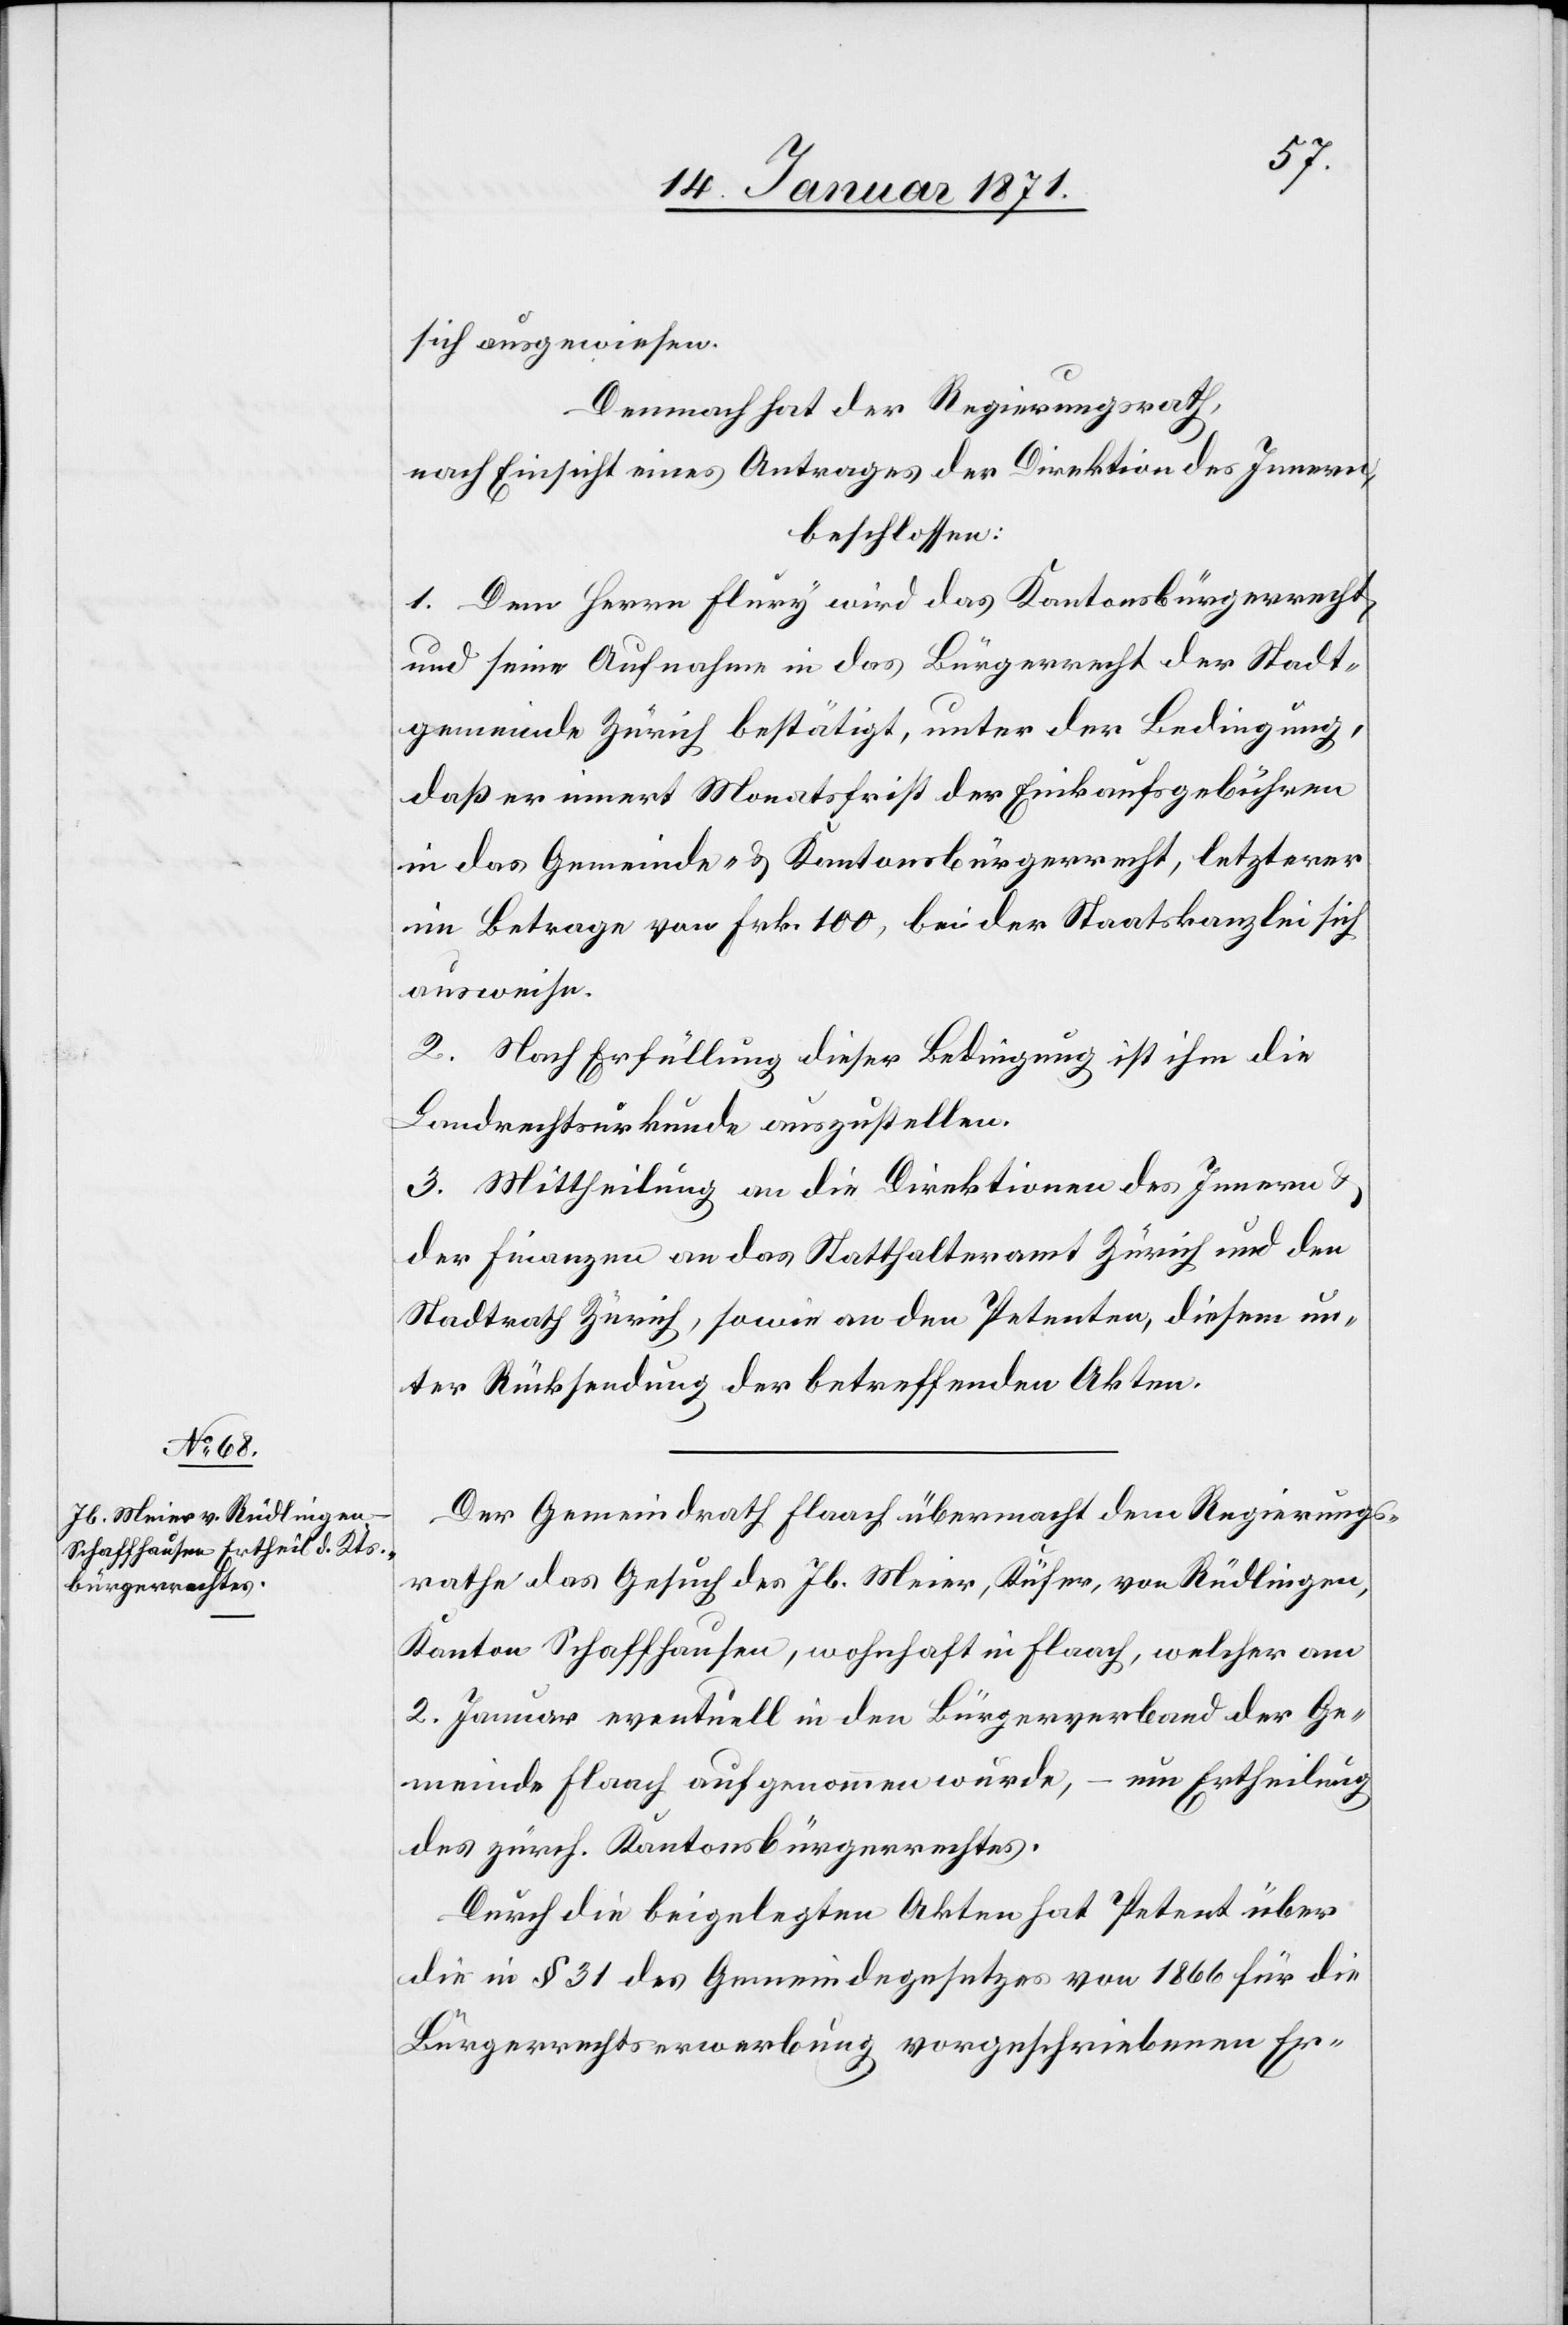
sich ausgewiesen.
Demnach hat der Regierungsrath,
nach Einsicht eines Antrages der Direktion des Innern,
beschlossen:
1. Dem Herrn Flury wird das Kantonsbürgerrecht,
und seine Aufnahme in das Bürgerrecht der Stadt¬
gemeinde Zürich bestätigt, unter der Bedingung,
daß er innert Monatsfrist der Einkaufsgebühren
in das Gemeinde- u. Kantonsbürgerrecht, letzterer
im Betrage von Frk. 100, bei der Staatskanzlei sich
ausweise.
2. Nach Erfüllung dieser Bedingung ist ihm die
Landrechtsurkunde auszustellen.
3. Mittheilung an die Direktion des Innern u.
der Finanzen an das Statthalteramt Zürich und den
Stadtrath Zürich, sowie an den Petenten, diesem un¬
ter Rücksendung der betreffenden Akten.
Der Gemeindrath Flaach übermacht dem Regierungs¬
rathe das Gesuch des Jb. Meier, Küfer, von Rüdlingen,
Kanton Schaffhausen, wohnhaft in Flaach, welcher am
2. Januar eventuell in den Bürgerverband der Ge¬
meinde Flaach aufgenommen wurde, – um Ertheilung
des zürch. Kantonsbürgerrechtes.
Durch die beigelegten Akten hat Petent über
die in § 31 des Gemeindegesetzes von 1866 für die
Bürgerrechtserwerbung vorgeschriebenen Er-